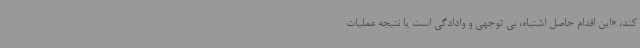
کند، «این اقدام حاصل اشتباه، بی توجهی و وادادگی است یا نتیجه عملیات